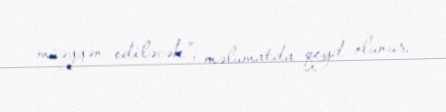
müəyyən ediləcək”, məlumatda qeyd olunur.